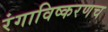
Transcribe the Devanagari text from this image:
रंगाविष्करणच